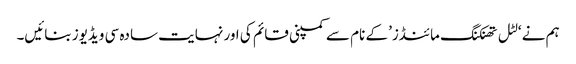
ہم نے ‘لٹل تھنکنگ مائنڈز’ کے نام سے کمپنی قائم کی اور نہایت سادہ سی ویڈیوز بنائیں۔